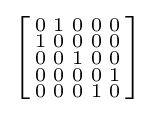
\left[{\begin{smallmatrix}0&1&0&0&0\\1&0&0&0&0\\0&0&1&0&0\\0&0&0&0&1\\0&0&0&1&0\\\end{smallmatrix}}\right]